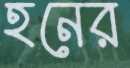
হনের